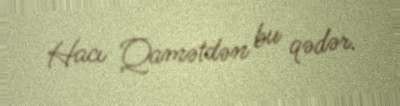
Hacı Qamətdən bu qədər.